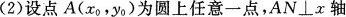
(2)设点A(x_{0}，y_{0})为圆上任意一点，AN⊥x轴